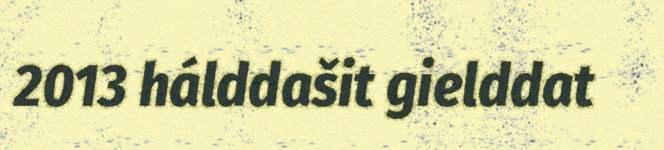
2013 hálddašit gielddat